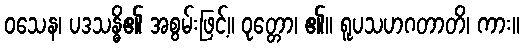
ဝသေန၊ ပဒသန္ဓိ၏ အစွမ်းဖြင့်။ ဝုတ္တော၊ ၏။ ရူပသဟဂတာတိ၊ ကား။